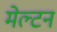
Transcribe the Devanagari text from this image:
मेल्टन